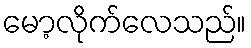
မော့လိုက်လေသည်။